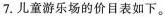
7.儿童游乐场的价目表如下。